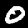
Label: 0